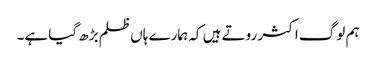
ہم لوگ اکثر روتے ہیں کہ ہمارے ہاں ظلم بڑھ گیا ہے۔